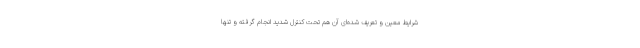
شرایط معین و تعریف شده‌ای آن هم تحت کنترل شدید انجام گرفته و تنها